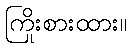
ကြိုးစားထား။